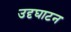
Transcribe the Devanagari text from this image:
उदृघाटन